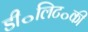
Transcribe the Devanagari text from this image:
डी॰लिट॰की